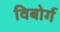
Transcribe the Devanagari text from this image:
विबोर्ग